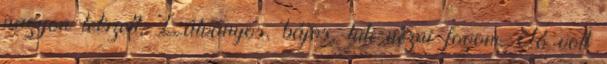
nagyon tetszett. Látványos, bájos, tuti nézni fogom. Jó volt